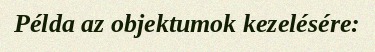
Példa az objektumok kezelésére: